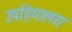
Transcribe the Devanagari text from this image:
उपहिमालय